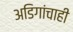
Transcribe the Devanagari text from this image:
अडिगांचाही